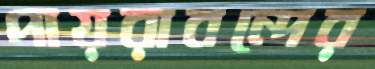
পায়রাবন্দের